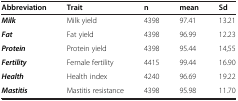
| Abbreviation | Trait | n | mean | Sd |
 | --- | --- | --- | --- | --- |
 | Milk | Milk yield | 4398 | 97.41 | 13.21 |
 | Fat | Fat yield | 4398 | 96.99 | 12.23 |
 | Protein | Protein yield | 4398 | 95.44 | 14,55 |
 | Fertility | Female fertility | 4415 | 99.44 | 16.90 |
 | Health | Health index | 4240 | 96.69 | 19.22 |
 | Mastitis | Mastitis resistance | 4398 | 95.98 | 11.70 |